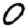
Digit: 0